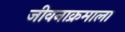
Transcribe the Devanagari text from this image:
जीवनाक्रमाला